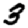
Digit: 3